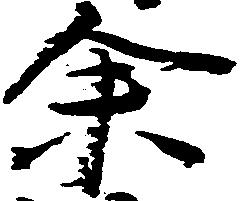
余